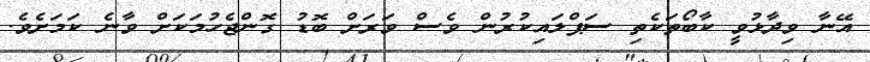
އޭނާ ވިދާޅުވީ ކާބޯތަކެތި ސަޕްލައިކުރުން ވެސް ވަރަށް ބޮޑު ގޮންޖެހުމަކަށް ވާނެ ކަމަށެވެ.